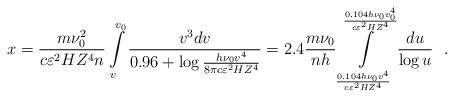
LaTeX: \begin{align*}x = \frac{m\nu _0 ^2}{c\varepsilon ^2HZ^4n}\int\limits_v^{v_0 } {\frac{v^3dv}{0.96 + \log \frac{h\nu _0 v^4}{8\pi c\varepsilon ^2HZ^4}}} = 2.4\frac{m\nu _0 }{nh}\int\limits_{\frac{0.104h\nu _0 v^4}{c\varepsilon ^2HZ^4}}^{\frac{0.104h\nu _0 v_0 ^4}{c\varepsilon ^2HZ^4}} {\frac{du}{\log u}} ~~.\end{align*}